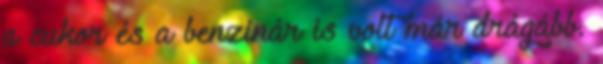
a cukor és a benzinár is volt már drágább.